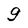
Character: g